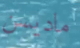
ماديسن